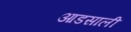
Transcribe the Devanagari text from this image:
आडसाली